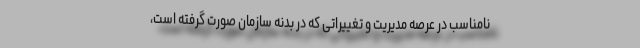
نامناسب در عرصه مدیریت و تغییراتی که در بدنه سازمان صورت گرفته است،